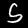
Digit: 5